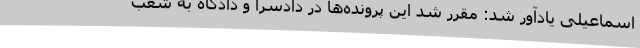
اسماعیلی یادآور شد: مقرر شد این پرونده‌ها در دادسرا و دادگاه به شعب